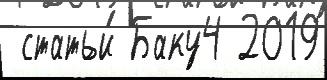
 статьи́ Баку4 2019